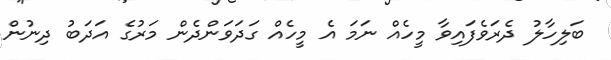
ބަލިހާލު ދެރަވެފައިވާ މީހެއް ނަމަ އެ މީހެއް ގަދަވަންދެން މަރުގެ އަދަބު ދިނުން